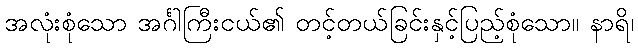
အလုံးစုံသော အင်္ဂါကြီးငယ်၏ တင့်တယ်ခြင်းနှင့်ပြည့်စုံသော။ နာရိ၊